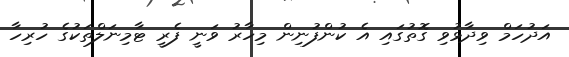
އަދުހަމް ވިދާޅުވި ގޮތުގައި އެ ކުންފުނިން މިހާރު ވަނީ ފެރީ ޓާމިނަލްތަކުގެ ހުރިހާ